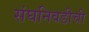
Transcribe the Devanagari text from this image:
संघनिवडीची